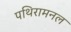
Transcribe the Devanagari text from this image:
पथिरामनल